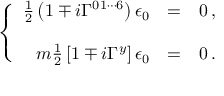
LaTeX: \left\{ \begin{array} { r c l } { { \frac { 1 } { 2 } \left( 1 \mp i \Gamma ^ { 0 1 \cdots 6 } \right) \epsilon _ { 0 } } } & { { = } } & { { 0 \, , } } \\ { { } } & { { } } & { { } } \\ { { m { \textstyle \frac { 1 } { 2 } } \left[ 1 \mp i \Gamma ^ { y } \right] \epsilon _ { 0 } } } & { { = } } & { { 0 \, . } } \end{array} \right.